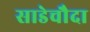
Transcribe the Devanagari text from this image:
साडेचौदा